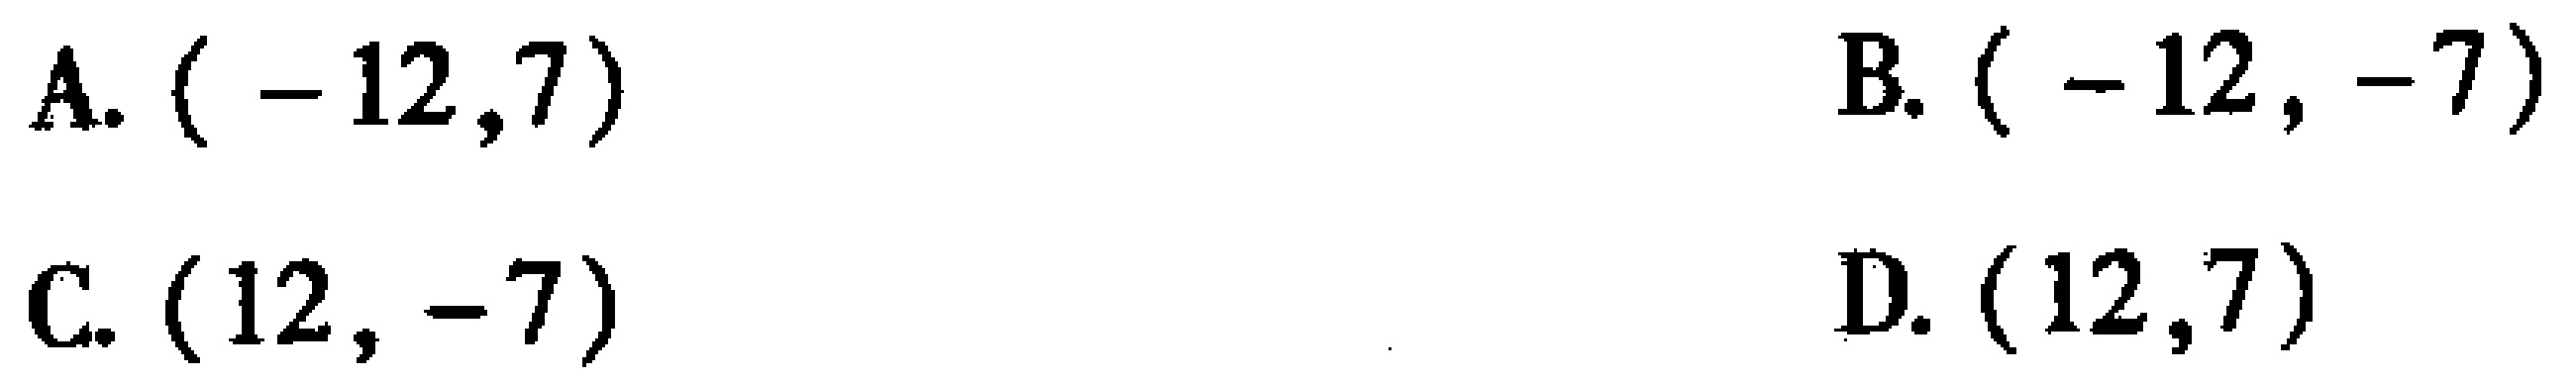
A. \(( - 12,7)\)
B. \(( - 12, - 7)\)
C. \((12, - 7)\)
D. \((12,7)\)